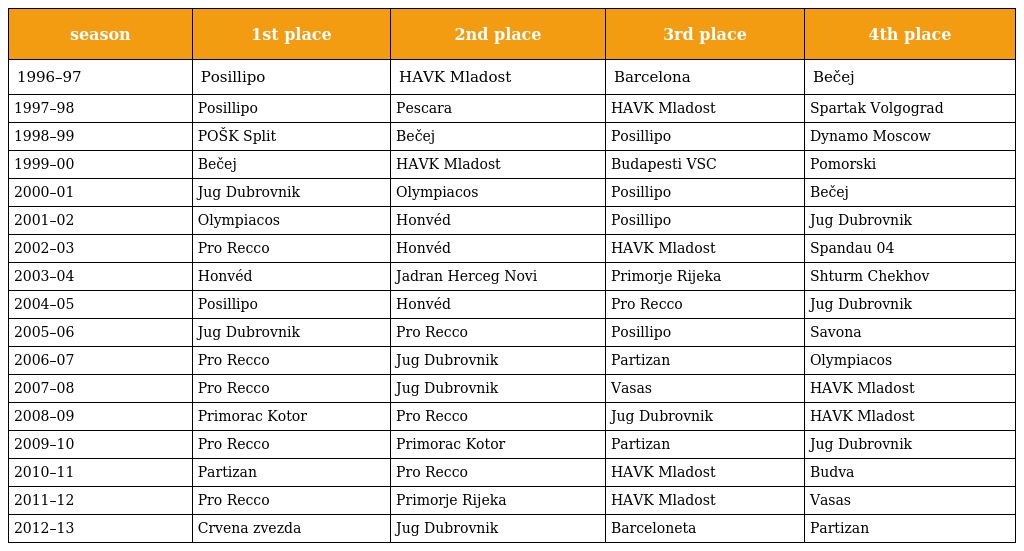
| season | 1st place | 2nd place | 3rd place | 4th place |
 | --- | --- | --- | --- | --- |
 | 1996–97 | Posillipo | HAVK Mladost | Barcelona | Bečej |
 | 1997–98 | Posillipo | Pescara | HAVK Mladost | Spartak Volgograd |
 | 1998–99 | POŠK Split | Bečej | Posillipo | Dynamo Moscow |
 | 1999–00 | Bečej | HAVK Mladost | Budapesti VSC | Pomorski |
 | 2000–01 | Jug Dubrovnik | Olympiacos | Posillipo | Bečej |
 | 2001–02 | Olympiacos | Honvéd | Posillipo | Jug Dubrovnik |
 | 2002–03 | Pro Recco | Honvéd | HAVK Mladost | Spandau 04 |
 | 2003–04 | Honvéd | Jadran Herceg Novi | Primorje Rijeka | Shturm Chekhov |
 | 2004–05 | Posillipo | Honvéd | Pro Recco | Jug Dubrovnik |
 | 2005–06 | Jug Dubrovnik | Pro Recco | Posillipo | Savona |
 | 2006–07 | Pro Recco | Jug Dubrovnik | Partizan | Olympiacos |
 | 2007–08 | Pro Recco | Jug Dubrovnik | Vasas | HAVK Mladost |
 | 2008–09 | Primorac Kotor | Pro Recco | Jug Dubrovnik | HAVK Mladost |
 | 2009–10 | Pro Recco | Primorac Kotor | Partizan | Jug Dubrovnik |
 | 2010–11 | Partizan | Pro Recco | HAVK Mladost | Budva |
 | 2011–12 | Pro Recco | Primorje Rijeka | HAVK Mladost | Vasas |
 | 2012–13 | Crvena zvezda | Jug Dubrovnik | Barceloneta | Partizan |